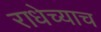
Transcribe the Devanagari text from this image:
राधेच्याच